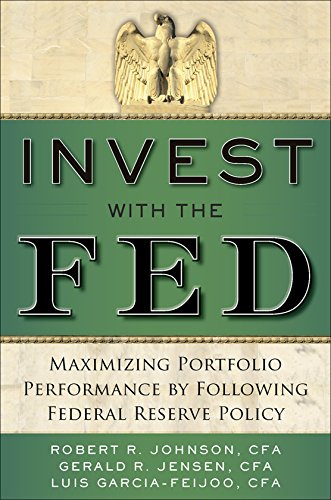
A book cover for Invest with the Fed: Maximizing Portfolio Performance by Following Federal Reserve Policy; Robert R. Johnson; Business & Money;